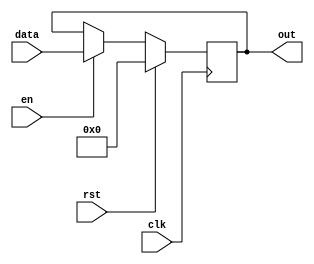
/*
   This file was generated automatically by the Mojo IDE version B1.3.6.
   Do not edit this file directly. Instead edit the original Lucid source.
   This is a temporary file and any changes made to it will be destroyed.
*/

/*
   Parameters:
     WIDTH = 16
*/
module register_40 (
    input clk,
    input en,
    input rst,
    input [15:0] data,
    output reg [15:0] out
  );
  
  localparam WIDTH = 5'h10;
  
  
  reg [15:0] M_regs_d, M_regs_q = 1'h0;
  
  always @* begin
    M_regs_d = M_regs_q;
    
    if (en == 1'h1) begin
      M_regs_d = data;
    end else begin
      M_regs_d = M_regs_q;
    end
    out = M_regs_q;
  end
  
  always @(posedge clk) begin
    if (rst == 1'b1) begin
      M_regs_q <= 1'h0;
    end else begin
      M_regs_q <= M_regs_d;
    end
  end
  
endmodule